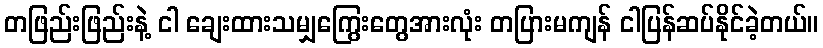
တဖြည်းဖြည်းနဲ့ ငါ ချေးထားသမျှကြွေးတွေအားလုံး တပြားမကျန် ငါပြန်ဆပ်နိုင်ခဲ့တယ်။